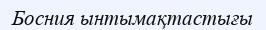
Босния ынтымақтастығы